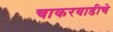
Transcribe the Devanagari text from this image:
चाकरवाडीचे